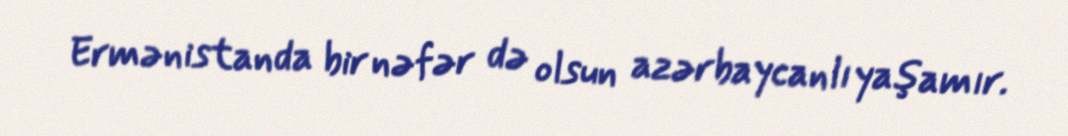
Ermənistanda bir nəfər də olsun azərbaycanlı yaşamır.